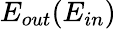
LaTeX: E_{out}(E_{in})